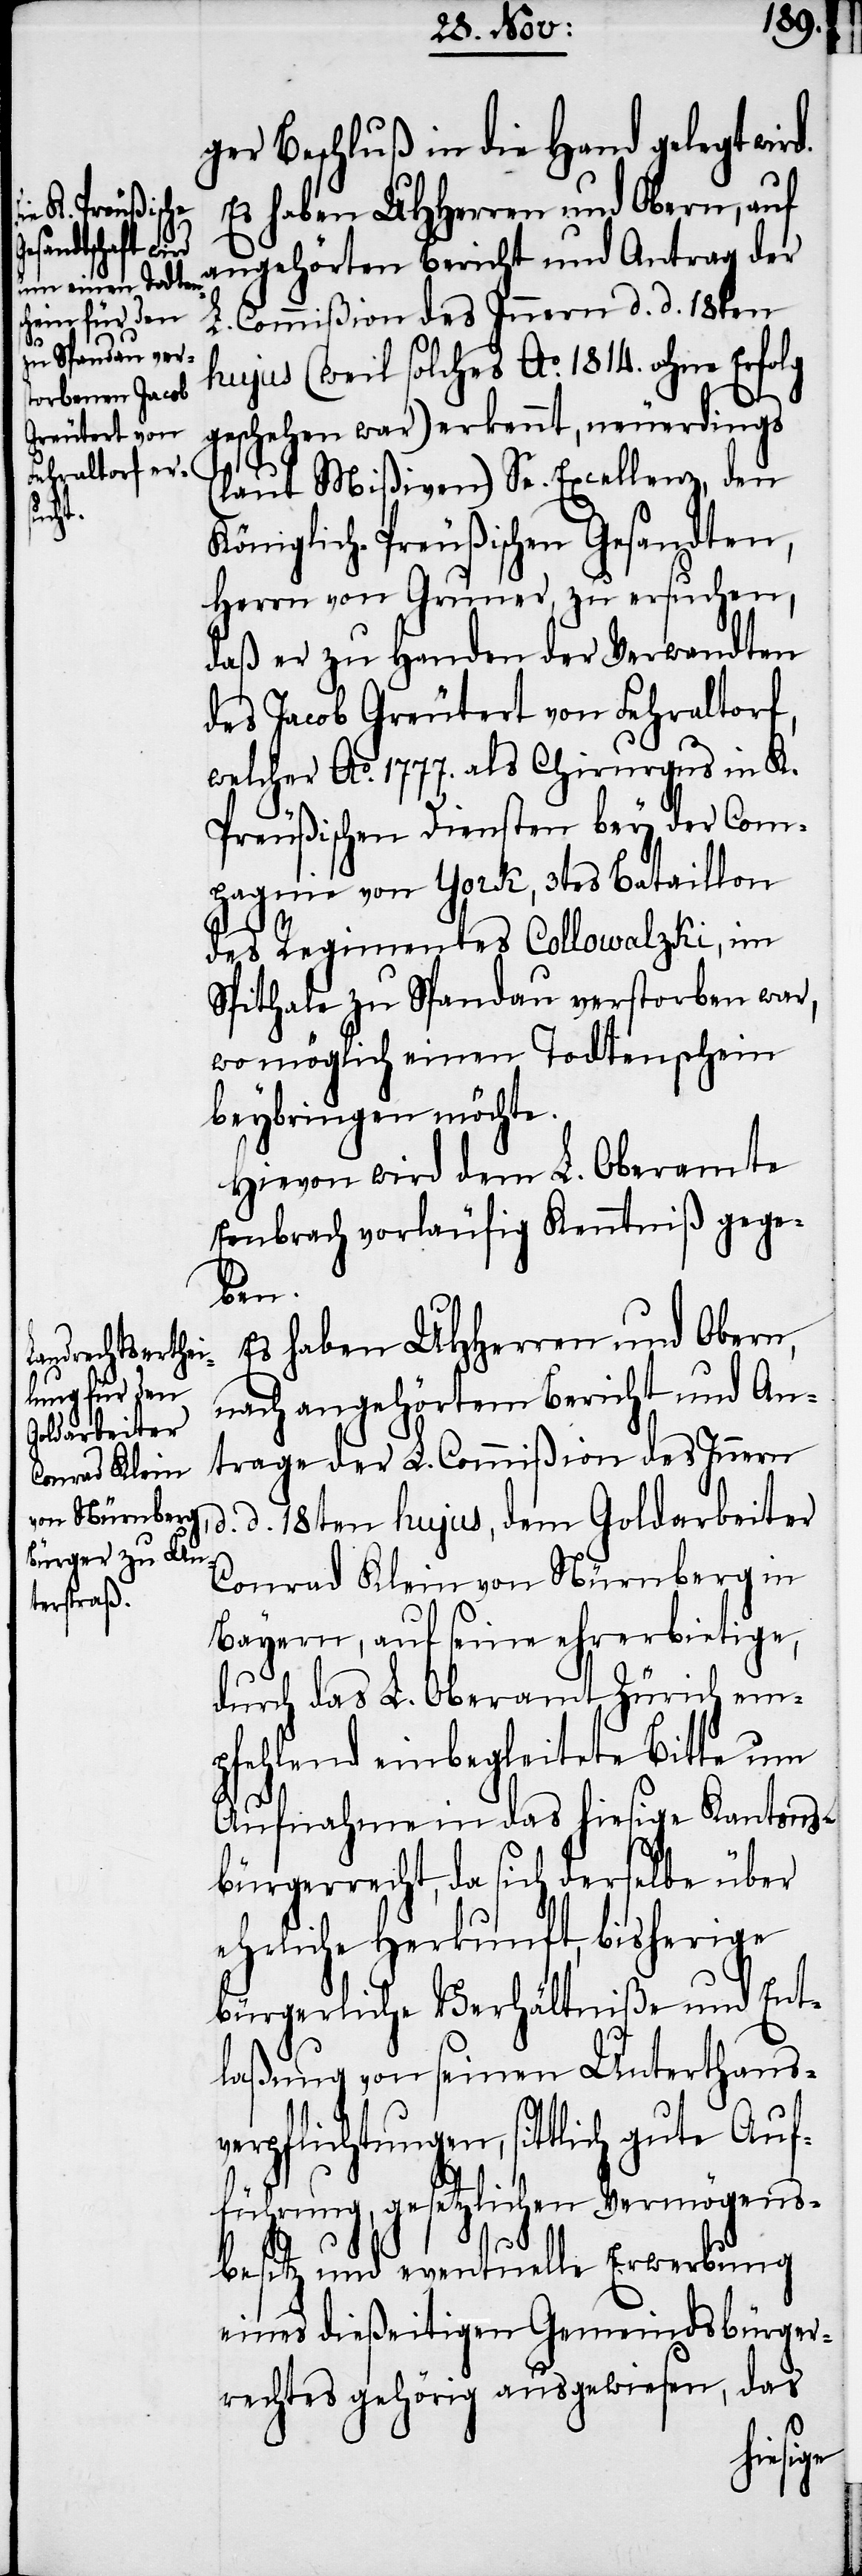
ger Beschluß in die Hand gelegt wird.
Es haben UHHerren und Obern, auf
angehörten Bericht und Antrag der
L. Commißion des Innern d. d. 18ten
hujus (weil solches Ao. 1814. ohne Erfolg
geschehen war) erkennt, neuerdings
(laut Mißiven) Se. Excellenz, den
Königlich-Preußischen Gesandten,
Herrn von Gruner, zu ersuchen,
daß er zu Handen der Verwandten
des Jacob Greutert von Fehraltorf,
welcher Ao. 1777. als Chirurgus in K.
Preußischen Diensten bey der Com¬
pagnie von York, 3tes Bataillon
des Regimentes Collowalzki, im
Spithale zu Spandau verstorben war,
wo möglich einen Todtenschein
beybringen möchte.
Hievon wird dem L. Oberamte
Embrach vorläufig Kenntniß gege¬
ben.
Es haben UHHerren und Obern,
nach angehörtem Bericht und An¬
trage der L. Commißion des Innern
d. d. 18ten hujus, dem Goldarbeiter
Conrad Klein von Nürnberg in
Bayern, auf seine ehrerbietige,
durch das L. Oberamt Zürich em¬
pfehlend einbegleitete Bitte um
Aufnahme in das hiesige Kantons¬
bürgerrecht, da sich derselbe über
ehrliche Herkunft, bisherige
bürgerliche Verhältniße und Ent¬
laßung von seinen Unterthans¬
verpflichtungen, sittlich gute Auf¬
führung, gesetzlichen Vermögens¬
besitz und eventuelle Erwerbung
eines dießeitigen Gemeindsbürger¬
rechtes gehörig ausgewiesen, das